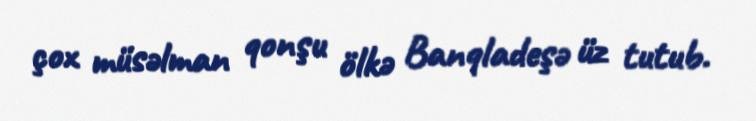
çox müsəlman qonşu ölkə Banqladeşə üz tutub.